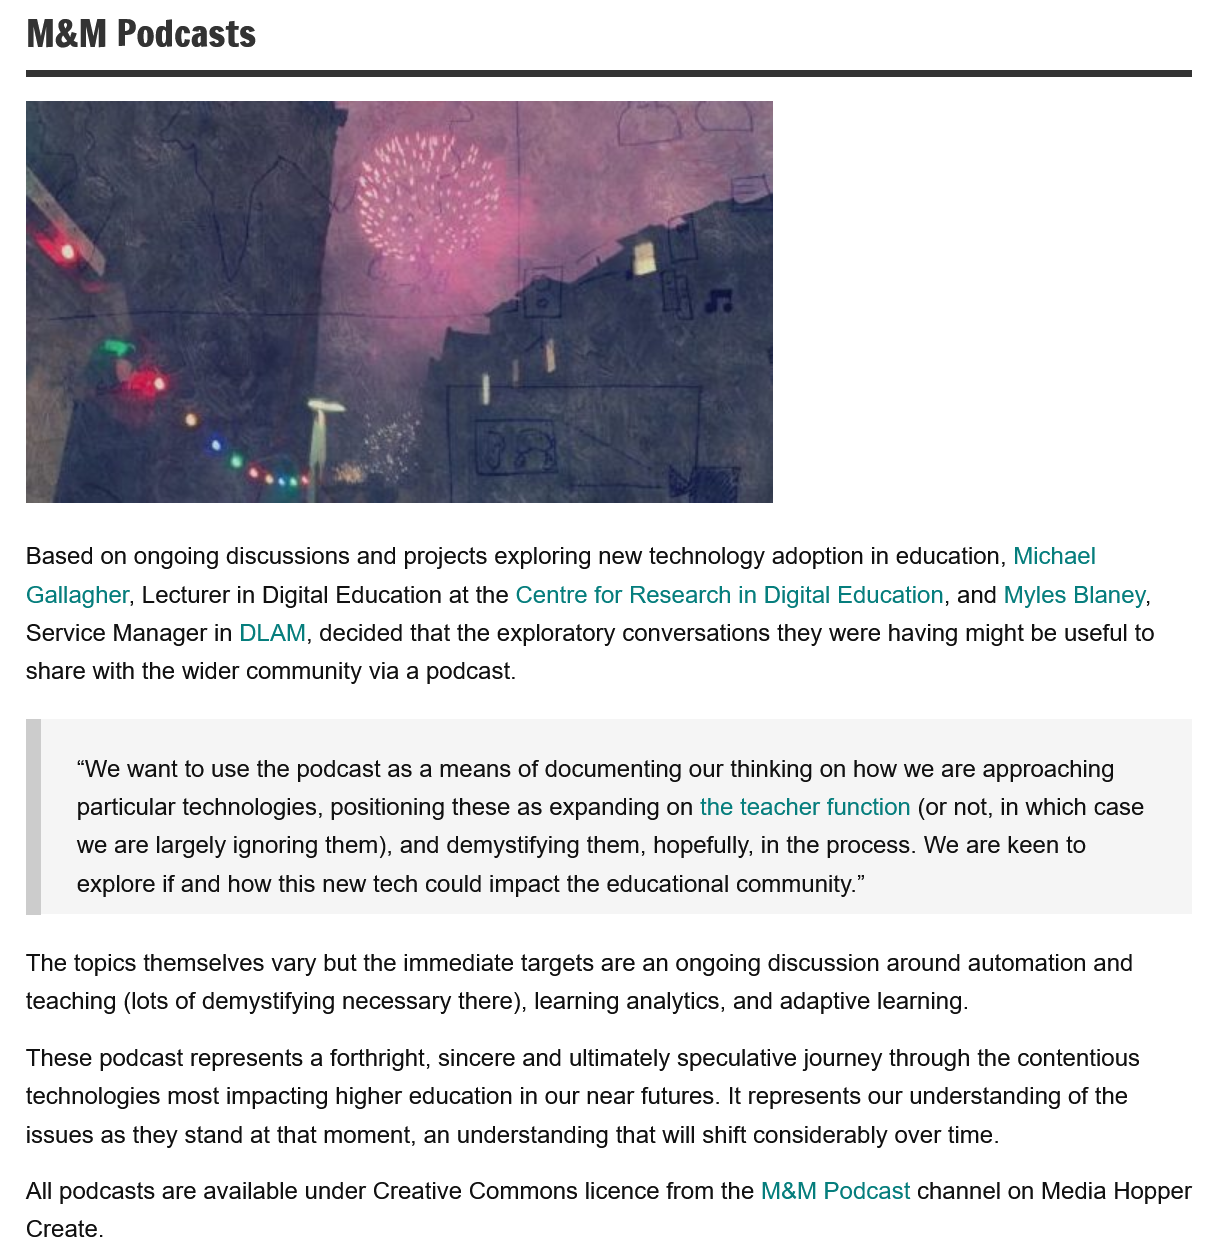
Based on ongoing discussions and projects exploring new technology adoption in education, Michael
   Gallagher, Lecturer in Digital Education at the Centre for Research in Digital Education, and Myles Blaney,
   Service Manager in DLAM, decided that the exploratory conversations they were having might be useful to
   share with the wider community via a podcast.
     “We want to use the podcast as a means of documenting our thinking on how we are approaching
     particular technologies, positioning these as expanding on the teacher function (or not, in which case
     we are largely ignoring them), and demystifying them, hopefully, in the process. We are keen to
     explore if and how this new tech could impact the educational community.”
   The topics themselves vary but the immediate targets are an ongoing discussion around automation and
   teaching (lots of demystifying necessary there), learning analytics, and adaptive learning.
   These podcast represents a forthright, sincere and ultimately speculative journey through the contentious
   technologies most impacting higher education in our near futures. It represents our understanding of the
   issues as they stand at that moment, an understanding that will shift considerably over time.
   All podcasts are available under Creative Commons licence from the M&M Podcast channel on Media Hoppe!
   Create.